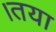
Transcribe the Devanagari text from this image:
।तया